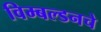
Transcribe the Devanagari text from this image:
विम्बल्डनचे